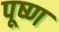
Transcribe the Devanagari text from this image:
पूष्ण